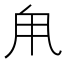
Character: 𪽆